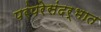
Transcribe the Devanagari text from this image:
परंपरेसंदर्भात